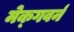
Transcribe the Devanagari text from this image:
मेक्गवर्न